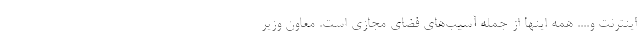
اینترنت و.... همه اینها از جمله آسیب‌های فضای مجازی است. معاون وزیر